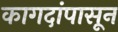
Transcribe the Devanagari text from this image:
कागदांपासून